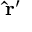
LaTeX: \mathbf { \hat { r } } ^ { \prime }